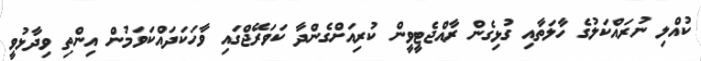
ކުއްލި ނުރައްކަލުގެ ހާލަތާއި ގުޅިގެން ރާއްޖެޓީވީން ކުރިއަށްގެންދާ ކަވަރޭޖްގައި ވާހަކަދައްކަވަމުން އިންތި ވިދާޅުވީ